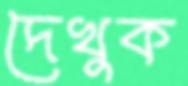
দেখুক